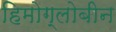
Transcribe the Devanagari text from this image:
हिमोग्लोबीन